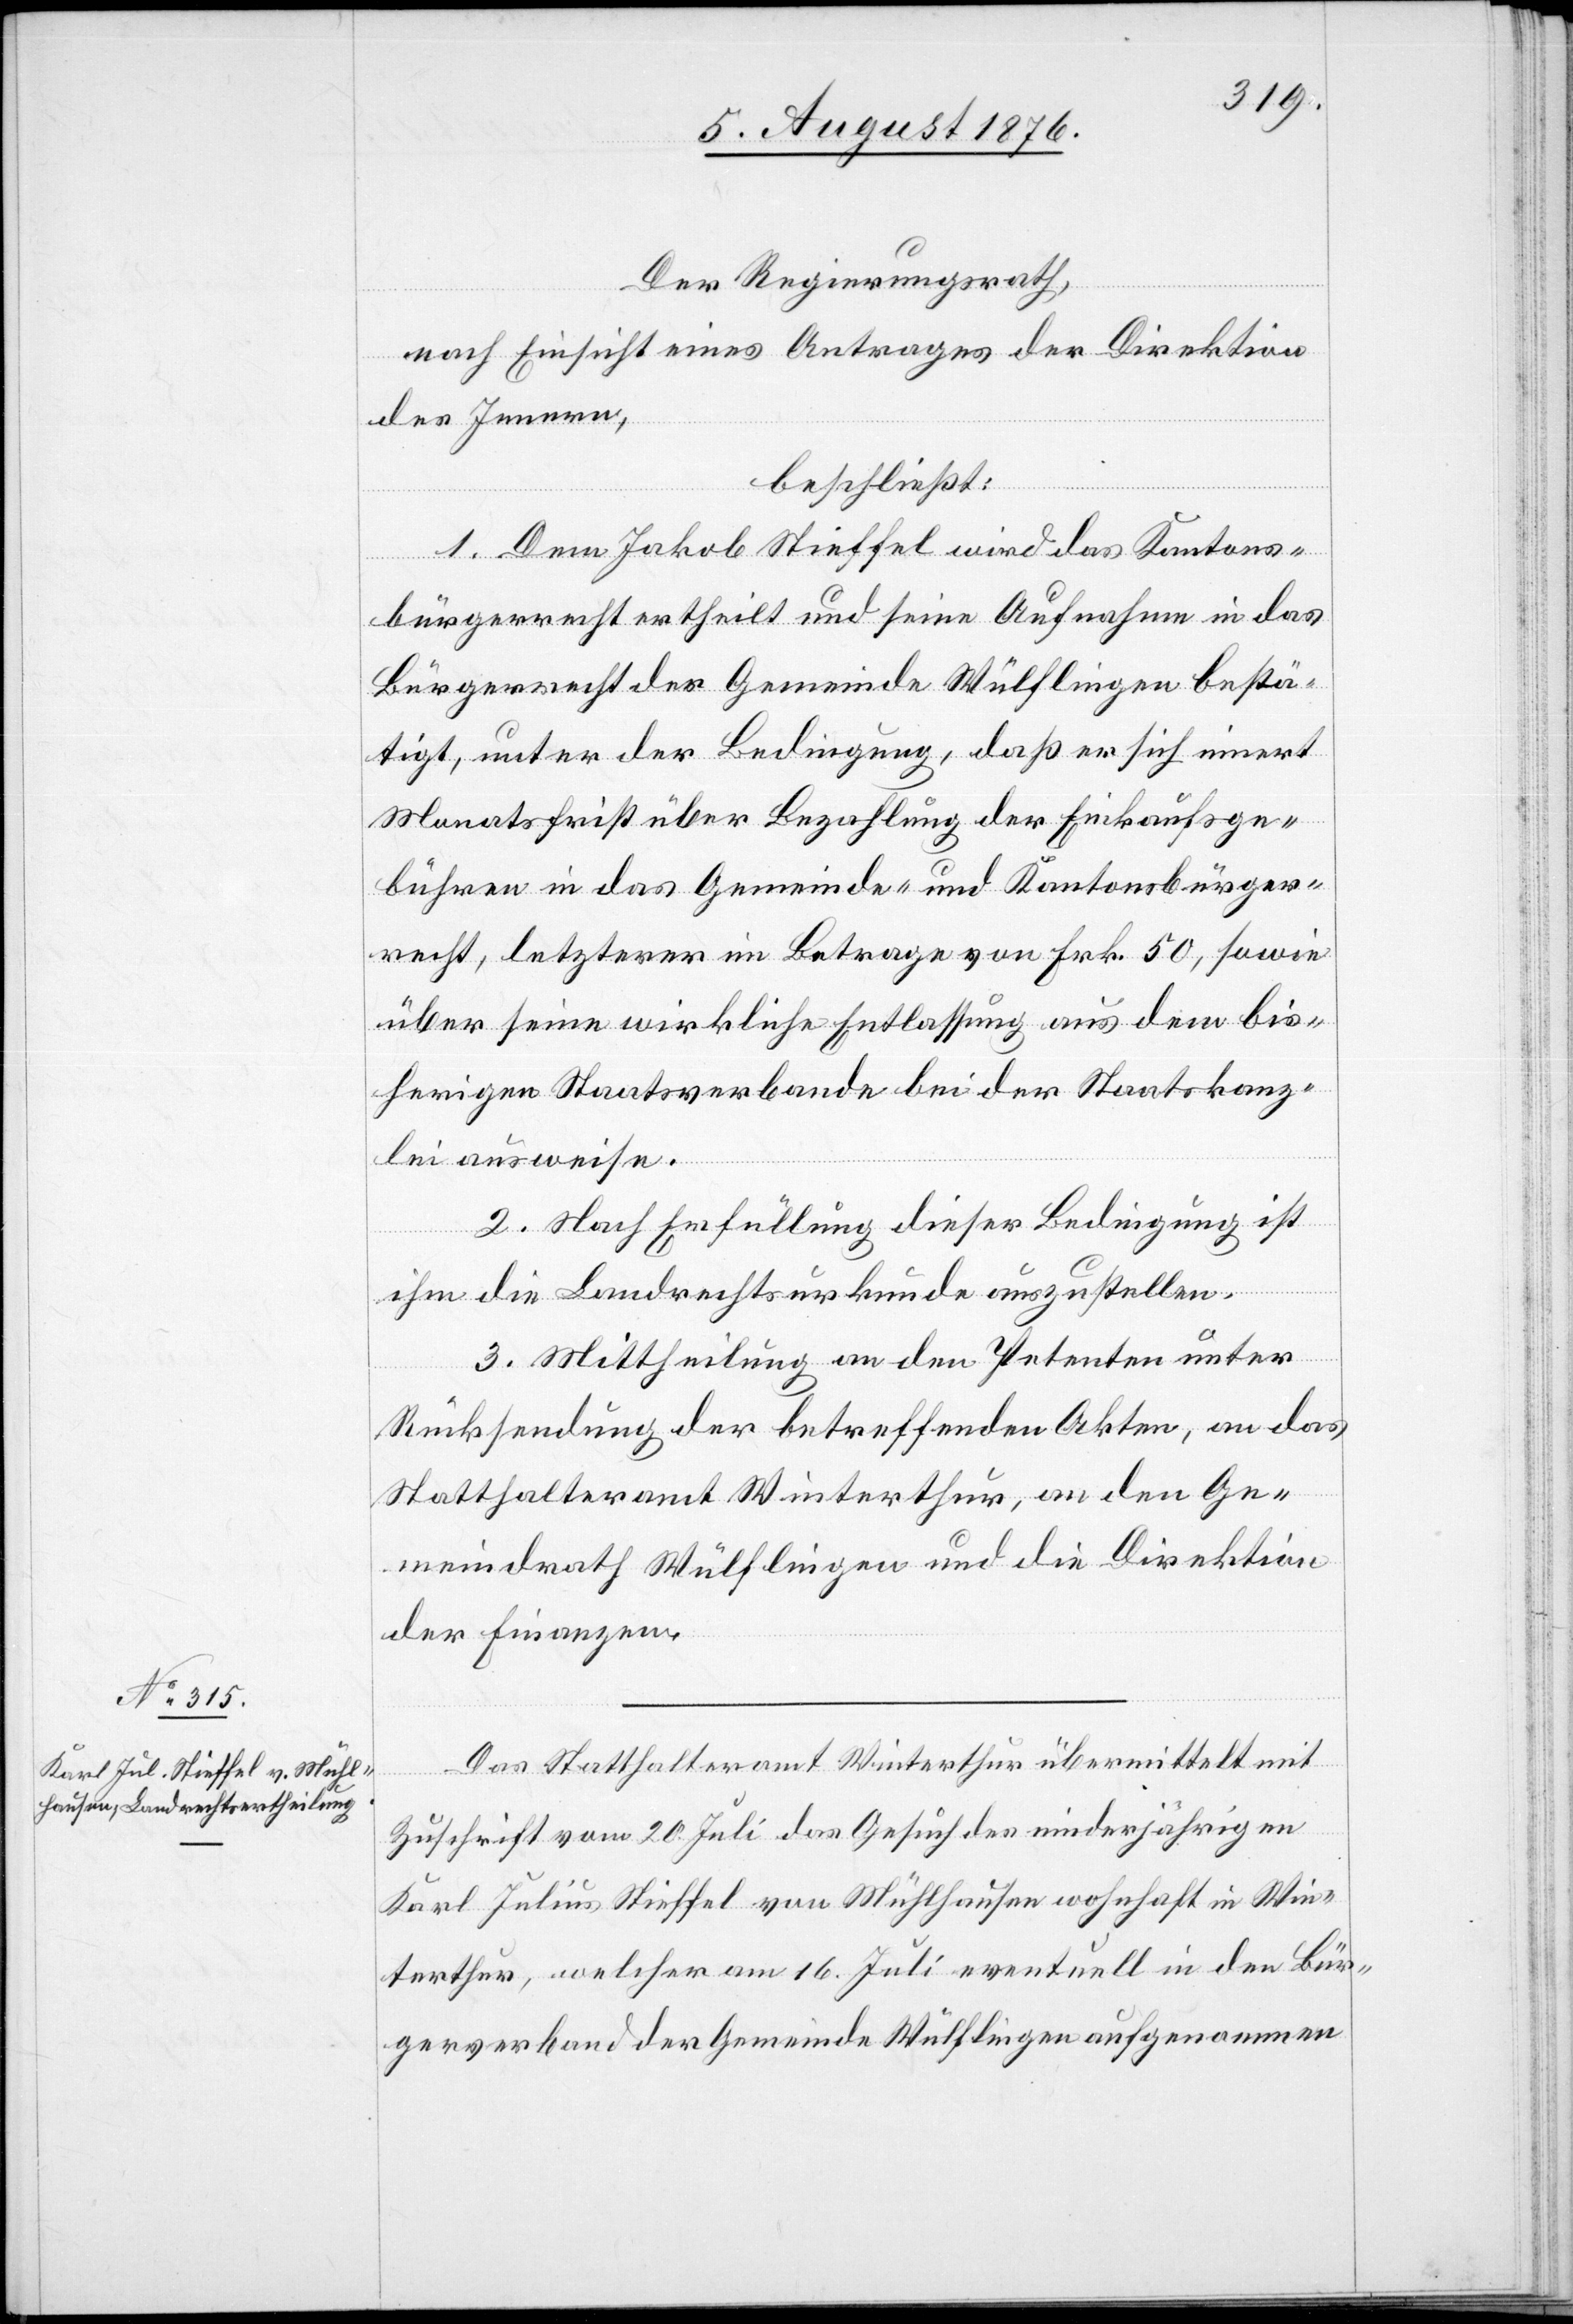
Der Regierungsrath,
nach Einsicht eines Antrages der Direktion
des Innern,
beschließt:
1. Dem Jakob Stieffel wird das Kantons¬
bürgerrecht ertheilt und seine Aufnahme in das
Bürgerrecht der Gemeinde Wülflingen bestä¬
tigt, unter der Bedingung, das er sich innert
Monatsfist über Bezahlung der Einkaufsge¬
bühren in das Gemeinde- und Kantonsbürger¬
recht, letzterer im Betrage von Frk. 50, sowie
über seine wirkliche Entlassung aus dem bis¬
herigen Staatsverbande bei der Staatskanz¬
lei ausweise.
2. Nach Erfüllung dieser Bedingung ist
ihm die Landrechtsurkunde auszustellen.
3. Mittheilung an den Petenten unter
Rücksendung der betreffenden Akten, an das
Statthalteramt Winterthur, an den Ge¬
meindrath Wülflingen und die Direktion
der Finanzen.
Das Statthalteramt Winterthur übermittelt mit
Zuschrift vom 20. Juli das Gesuch des minderjährigen
Karl Julius Stieffel von Mühlhausen wohnhaft in Win¬
terthur, welcher am 16. Juli eventuell in den Bür¬
gerverband der Gemeinde Wülflingen aufgenommen